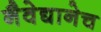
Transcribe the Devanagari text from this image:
नैवेद्यानेच